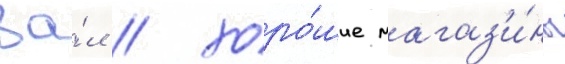
за́л / хоро́шие магаз'и́ны